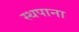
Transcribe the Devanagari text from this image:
स्थपाना